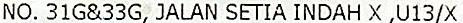
NO. 31G&33G, JALAN SETIA INDAH X ,U13/X